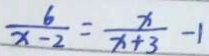
\frac { 6 } { x - 2 } = \frac { x } { x + 3 } - 1